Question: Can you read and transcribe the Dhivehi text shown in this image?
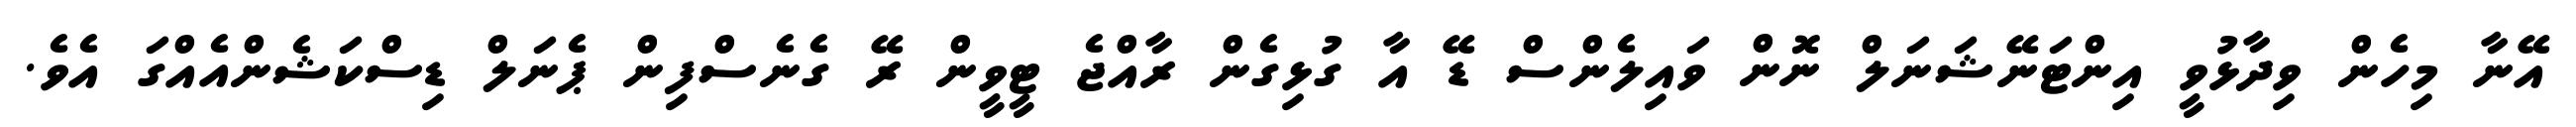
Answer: އޭނާ މިހެން ވިދާޅުވީ އިންޓަނޭޝަނަލް ނޮން ވައިލެންސް ޑޭ އާ ގުޅިގެން ރާއްޖެ ޓީވީން ރޭ ގެނެސްފިން ޕެނަލް ޑިސްކަޝެންއެއްގަ އެވެ.